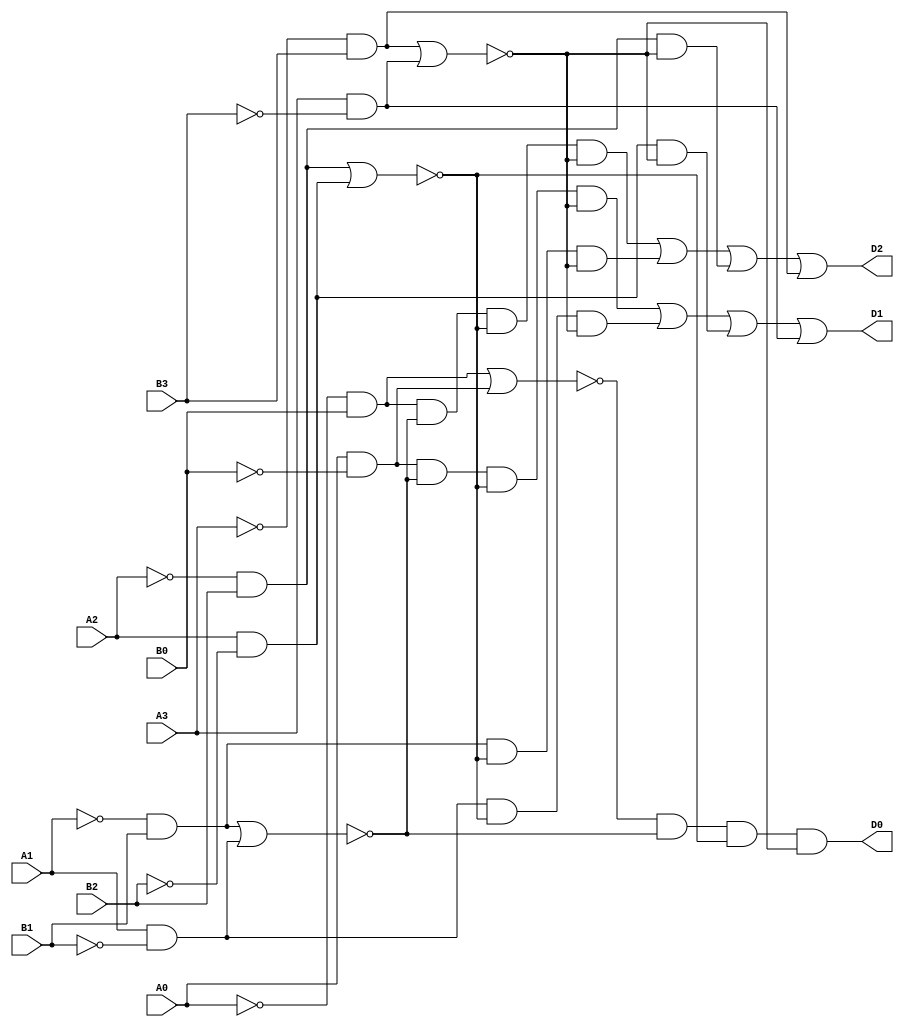
module hw1_bonus(A0,A1,A2,A3,B0,B1,B2,B3,D0,D1,D2);
	input A0,A1,A2,A3,B0,B1,B2,B3;
	output D0,D1,D2;
	wire A0b,A1b,A2b,A3b,B0b,B1b,B2b,B3b;
	not (A0b,A0);
	not	(A1b,A1);
	not (A2b,A2);
	not (A3b,A3);
	not (B0b,B0);
	not (B1b,B1);
	not (B2b,B2);
	not (B3b,B3);
	wire AbB0,ABb0,AbB1,ABb1,AbB2,ABb2,AbB3,ABb3;
	and	(AbB0,A0b,B0); 
	and (ABb0,A0,B0b); 
	and	(AbB1,A1b,B1); 
	and (ABb1,A1,B1b);
	and	(AbB2,A2b,B2); 
	and (ABb2,A2,B2b);
	and	(AbB3,A3b,B3); 
	and (ABb3,A3,B3b);
	wire x0,x1,x2,x3;
	nor (x0,AbB0,ABb0);
	nor (x1,AbB1,ABb1);
	nor (x2,AbB2,ABb2);
	nor (x3,AbB3,ABb3);
	wire D10,D11,D12,D20,D21,D22;
	and (D10,ABb0,x1,x2,x3);
	and (D11,ABb1,x2,x3);
	and (D12,ABb2,x3);
	and (D20,AbB0,x1,x2,x3);
	and (D21,AbB1,x2,x3);
	and (D22,AbB2,x3);
	and (D0,x0,x1,x2,x3);
	or (D1,D10,D11,D12,ABb3);
	or (D2,D20,D21,D22,AbB3);
endmodule